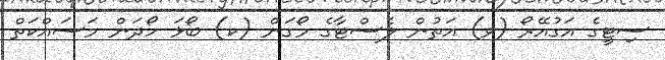
ސިޓީގެ އަގުއޭރޯ (ވ) އަތުން ލެސްޓާގެ މޯގަން (ކ) ބޯޅަ ހޯދަން މަސައްކަތް